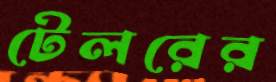
টেলরের